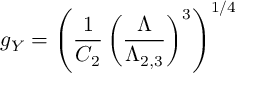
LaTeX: g _ { Y } = \left( { \frac { 1 } { C _ { 2 } } } \left( { \frac { \Lambda } { \Lambda _ { 2 , 3 } } } \right) ^ { 3 } \right) ^ { 1 / 4 }